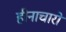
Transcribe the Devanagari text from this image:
हीनाचारों